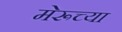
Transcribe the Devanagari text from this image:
मेरूच्या